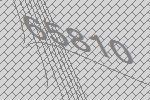
65810